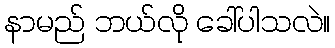
နာမည် ဘယ်လို ခေါ်ပါသလဲ။